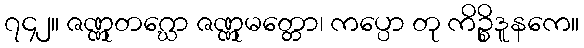
၇၄၂။ ဇဏ္ဏုတဂ္ဃော ဇဏ္ဏုမတ္တော၊ ကပ္ပော တု ကိဉ္စိဒူနကေ။